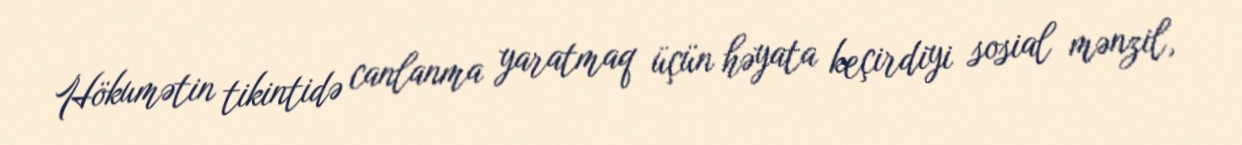
Hökumətin tikintidə canlanma yaratmaq üçün həyata keçirdiyi sosial mənzil,